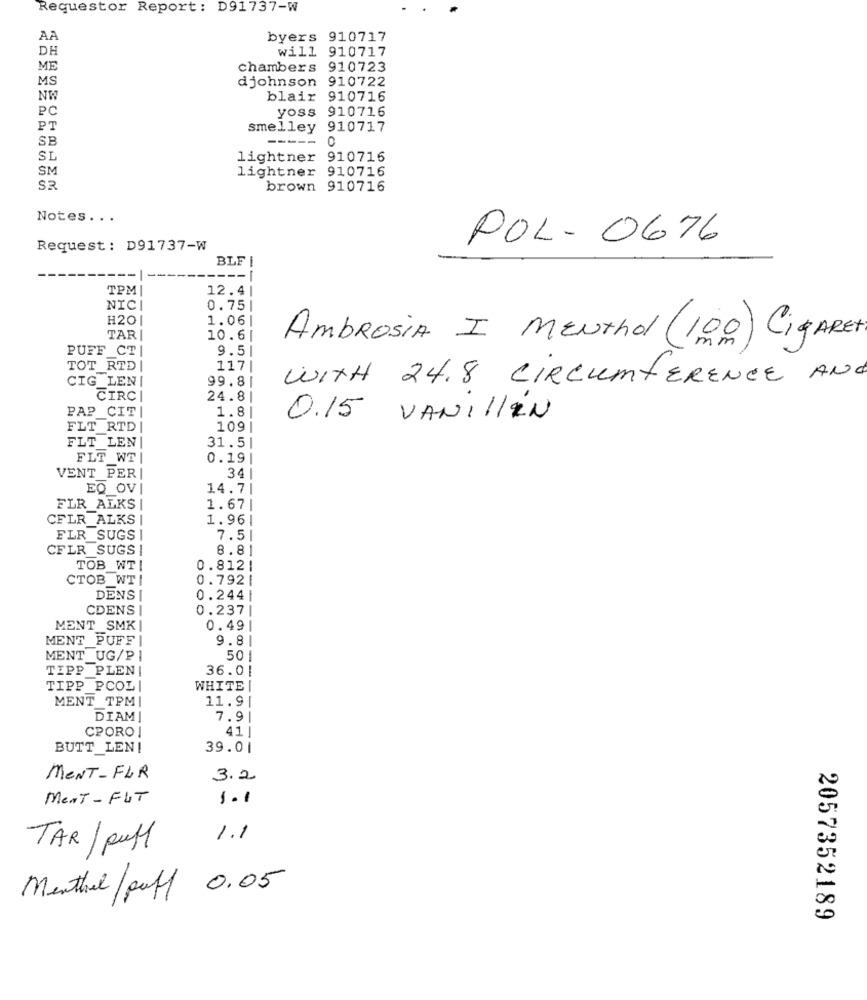
Requestor Report: D91737-W
AA
byers 910717
DH
will 910717
ME
chambers 910723
MS
djohnson 910722
NW
blair 910716
PC
yoss 910716
PT
smelley 910717
SB
----- 0
SL
lightner 910716
SM
lightner 910716
SR
brown 910716
Notes ...
POL- 0676
Request: D91737-W
BLF
-
TPM
12.4
NIC
0.75|
H20
1.06|
TAR
10.6|
AmbroSIA I MENThol ( 100) CigARET
PUFF CT
9.51
TOT_RTD
117
CIG LEN
99.81
WITH 24.8 CIRCUMFERENCE AND
CIRC
24.8|
PAP CIT
1.8
0.15 VANILLEN
FLT RTD
109
FLT LEN
31.5
FLT WT
0.19
VENT PER
34
EQ OVI
14.7
FLR_ALKS
1.67
CFLR ALKS
1.96|
FLR_SUGS
7.51
CFLR SUGS
8.81
TOB WT|
0.8121
CTOB WT|
0.792|
DENS
0.244|
CDENS
0.237
MENT SMK
0.49
MENT PUFFI
9.81
MENT_UG/PI
50
TIPP PLEN!
36.01
TIPP PCOL
WHITE
MENT TPM
11.9
DIAM
7.9
CPORO
41
BUTT LEN!
39.01
MENT-FLR
3.2
MenT- FUT
1.1
1.1
TAR / pull
Menthal/puff 0.05
2057352189